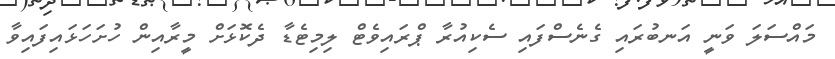
މައްސަލަ ވަނީ އަނބުރައި ގެނެސްފައި ސެކިއުރާ ޕްރައިވެޓް ލިމިޓެޑާ ދެކޮޅަށް މީރާއިން ހުށަހަޅައިފައިވާ